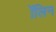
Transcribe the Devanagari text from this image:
ॲलिन